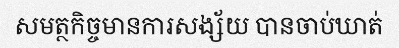
សមត្ថកិច្ចមានការសង្ស័យ បានចាប់ឃាត់